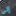
إلى